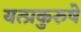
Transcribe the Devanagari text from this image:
यत्प्रकुरुषे